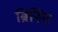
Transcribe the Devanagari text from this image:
ब्रिनिंग